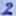
Text: 2